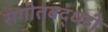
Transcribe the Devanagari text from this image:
संगीतबद्धही